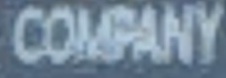
COMPANY